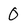
Character: 0